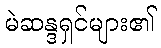
မဲဆန္ဒရှင်များ၏